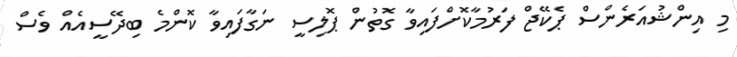
މި އިންޝުއަރެންސް ޕެކޭޖް ފަރުމާކޮށްފައިވާ ގޮތުން ޕޮލިސީ ނަގާފައިވާ ކޮންމެ ބިދޭސީއެއް ވެސް